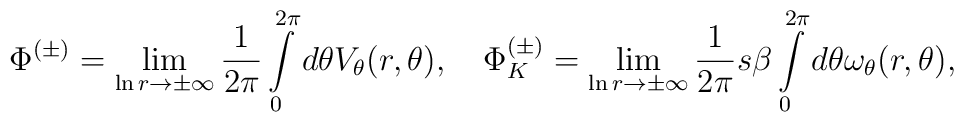
\Phi^{(\pm)}=\lim_{\ln r\rightarrow\pm\infty}\frac{1}{2\pi}\int\limits_0^{2\pi}d\theta V_\theta(r,\theta),\quad\Phi^{(\pm)}_K=\lim_{\ln r\rightarrow\pm\infty}\frac{1}{2\pi}s\beta\int\limits_0^{2\pi}d\theta \omega_\theta(r,\theta),